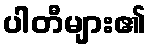
ပါတီများ၏